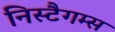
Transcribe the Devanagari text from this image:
निस्टैगम्स